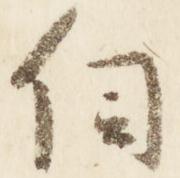
伺